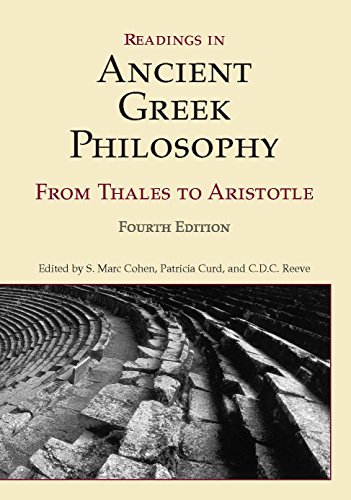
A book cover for Readings in Ancient Greek Philosophy: From Thales to Aristotle, 4th Edition; Politics & Social Sciences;